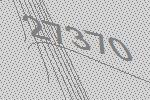
27370